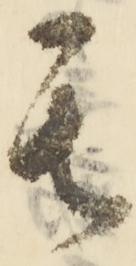
其